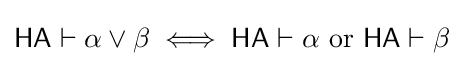
{\mathsf {HA}}\vdash \alpha \lor \beta \iff {\mathsf {HA}}\vdash \alpha {\text{ or }}{\mathsf {HA}}\vdash \beta